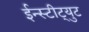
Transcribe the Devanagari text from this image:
ईन्स्टीट्युट